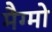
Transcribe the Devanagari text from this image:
मैग्मो